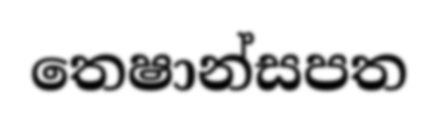
තෙෂාන්සපත